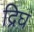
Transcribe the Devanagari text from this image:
द्रिघ